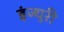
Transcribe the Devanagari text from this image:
इंज्यूरी